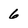
Character: 6